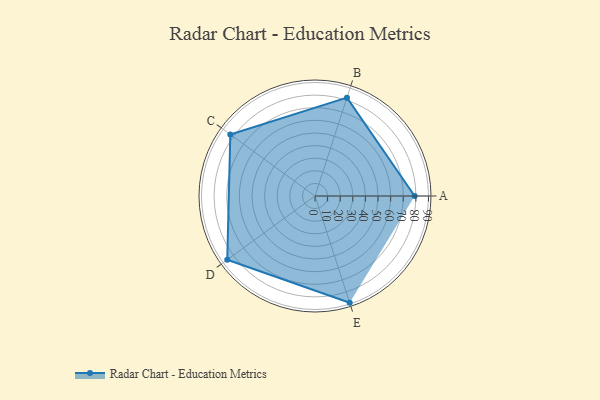
{"axis": {"x": "Skill", "y": "Score"}, "legend": ["Profile"], "data": [{"x": "A", "y": 79.0, "type": "Profile"}, {"x": "B", "y": 82.0, "type": "Profile"}, {"x": "C", "y": 83.0, "type": "Profile"}, {"x": "D", "y": 86.0, "type": "Profile"}, {"x": "E", "y": 89.0, "type": "Profile"}]}